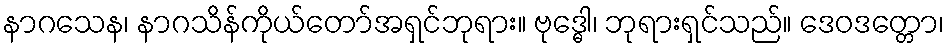
နာဂသေန၊ နာဂသိန်ကိုယ်တော်အရှင်ဘုရား။ ဗုဒ္ဓေါ၊ ဘုရားရှင်သည်။ ဒေဝဒတ္တော၊